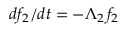
d f _ { 2 } / d t = - \Lambda _ { 2 } \, f _ { 2 }